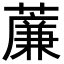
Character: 薕